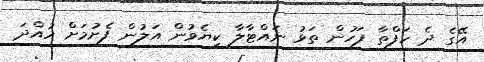
އޭގެ ދެ ހަފްތާ ފަހުން ތަޅު ނައްޓާލާ ކިޔެވުން އަލުން ފެށުމަށް ހުއްދަ